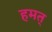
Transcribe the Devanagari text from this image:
हमत्